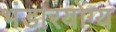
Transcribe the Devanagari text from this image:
भंडारयोग्य